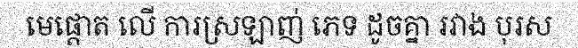
មេផ្តោត លើ ការស្រឡាញ់ ភេទ ដូចគ្នា រវាង បុរស